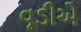
વૂડીએ